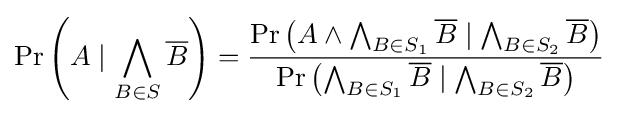
\Pr \left(A\mid \bigwedge _{B\in S}{\overline {B}}\right)={\frac {\Pr \left(A\wedge \bigwedge _{B\in S_{1}}{\overline {B}}\mid \bigwedge _{B\in S_{2}}{\overline {B}}\right)}{\Pr \left(\bigwedge _{B\in S_{1}}{\overline {B}}\mid \bigwedge _{B\in S_{2}}{\overline {B}}\right)}}